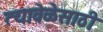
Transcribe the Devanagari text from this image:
त्यावेळेसाठी